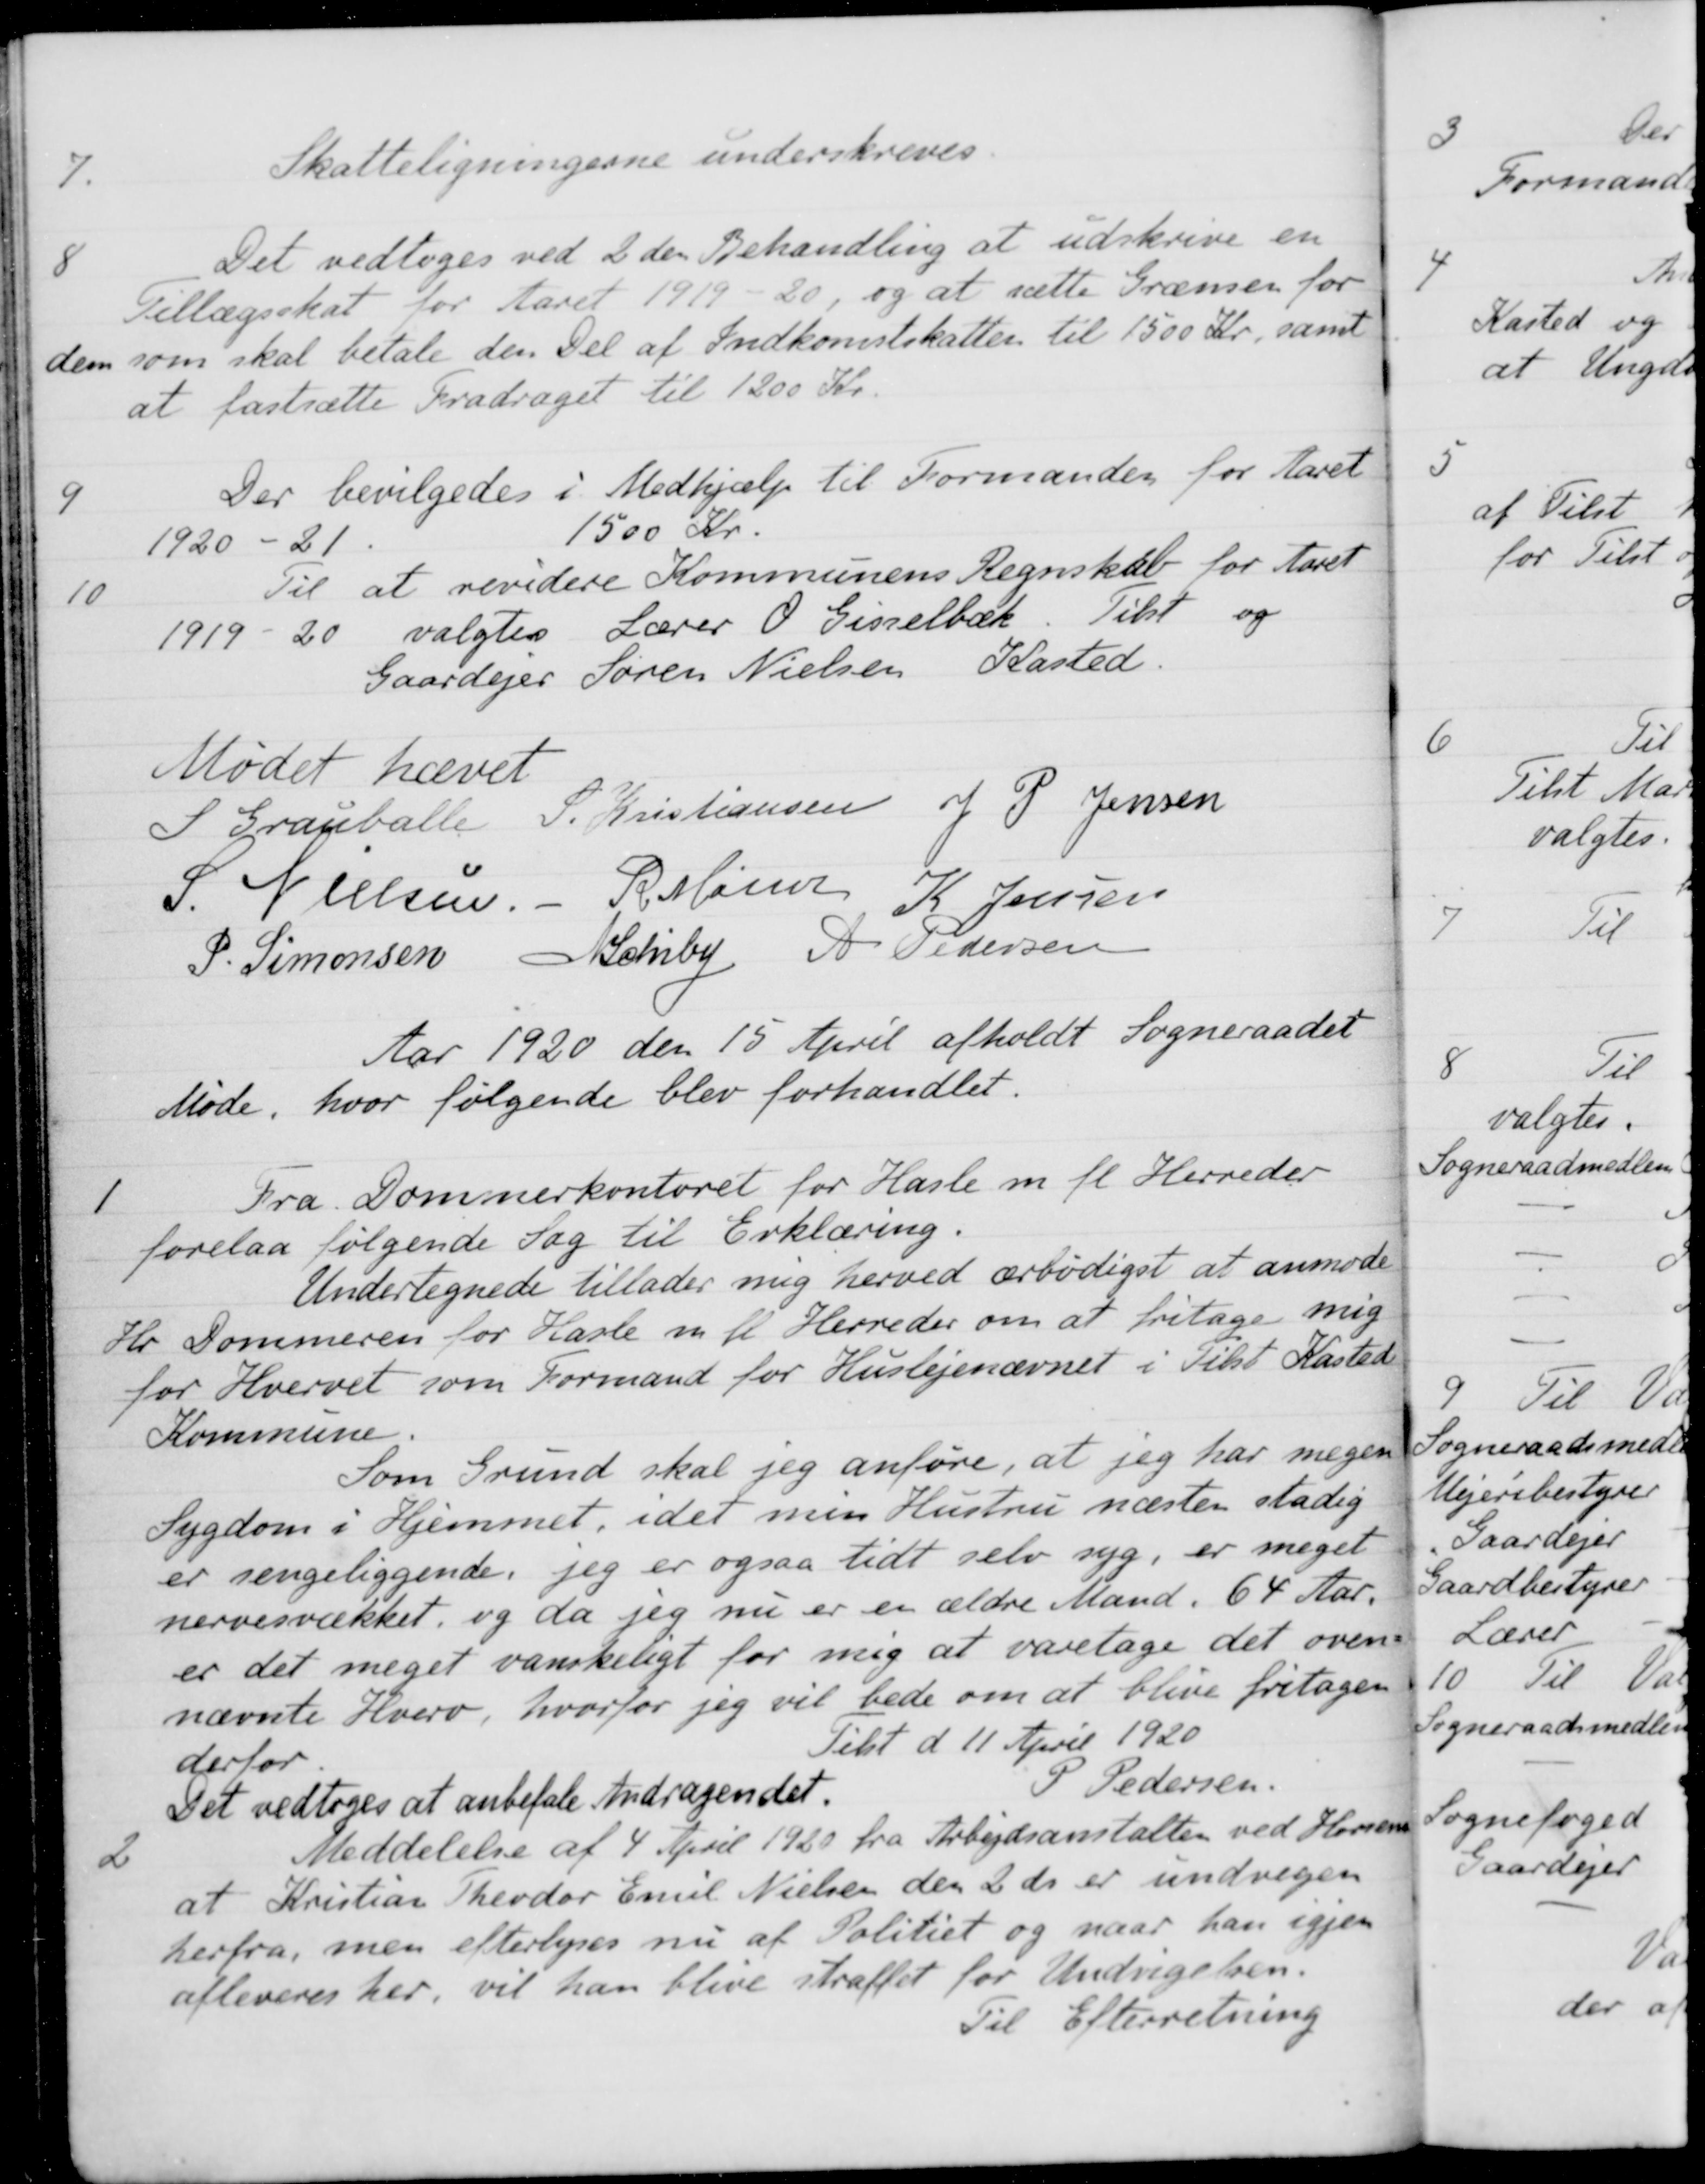
Transskription:
7.
Skatteligningerne underskreves.
8
Det vedtoges ved 2den Behandling at udskrive en
Tillægsskat for Aaret 1919-20, og at sætte Grænsen for
dem som skal betale den Del af Indkomstskatten til 1500 Kr, samt
at fastsætte Fradraget til 1200 Kr.
9
Der bevilgedes i Medhjælp til Formanden for Aaret
1920 - 21.
1500 Kr.
10
Til at revidere Kommunens Regnskab for Aaret
1919-20 valgtes Lærer O Gisselbæk. Tilst og
Gaardejer Søren Nielsen Kasted.
Mødet hævet
S Grauballe
S. Kristiansen
J P. Jensen
S. Nielsen.
R. Møller
K. Jensen
P. Simonsen
N Schiby
A. Pedersen
Aar 1920 den 15 April afholdt Sogneraadet
Møde, hvor følgende blev forhandlet.
1
Fra Dommerkontoret for Hasle m. fl. Herreder
forelaa følgende Sag til Erklæring.
Undertegnede tillader mig herved ærbødigst at anmode
Hr Dommeren for Hasle m fl Herreder om at fritage mig
for Hvervet som Formand for Huslejenævnet i Tilst Kasted
Kommune.
Som Grund skal jeg anføre, at jeg har megen
Sygdom i Hjemmet, idet min Hustru næsten stadig
er sengeliggende, jeg er ogsaa tidt selv syg, er meget
nervesvækket, og da jeg nu er er ældre Mand, 64 Aar,
er det meget vanskeligt for mig at varetage det oven-
nævnte Hverv, hvorfor jeg vil bede om at blive fritagen
derfor.
Tilst d 11 April 1920
Det vedtoges at anbefale Andragendet.
P Pedersen
2
Meddelelse af 4 April 1920 fra Arbejdsanstalten ved Horsens
at Kristian Theodor Emil Nielsen den 2 ds er undvegen
herfra, men efterlyses nu af Politiet og naar han igjen
afleveres her, vil han blive straffet for Undvigelsen.
Til Efterretning